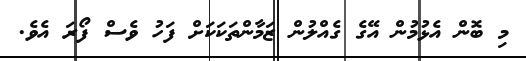
މި ބޮން އެޅުމުން އޭގެ ގެއްލުން ޒަމާންތަކަކަށް ފަހު ވެސް ފޯރަ އެވެ.